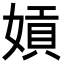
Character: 𡟫